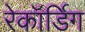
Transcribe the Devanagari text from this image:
रेकॉर्डिग